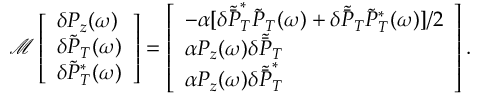
\begin{array} { r } { \mathcal M \left[ \begin{array} { l } { \delta P _ { z } ( \omega ) } \\ { \delta \tilde { P } _ { T } ( \omega ) } \\ { \delta \tilde { P } _ { T } ^ { * } ( \omega ) } \end{array} \right] = \left[ \begin{array} { l } { - \alpha [ \delta \tilde { \bar { P } } _ { T } ^ { * } \tilde { P } _ { T } ( \omega ) + \delta \tilde { \bar { P } } _ { T } \tilde { P } _ { T } ^ { * } ( \omega ) ] / 2 } \\ { \alpha P _ { z } ( \omega ) \delta \tilde { \bar { P } } _ { T } } \\ { \alpha P _ { z } ( \omega ) \delta \tilde { \bar { P } } _ { T } ^ { * } } \end{array} \right] . } \end{array}